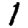
Digit: 1